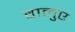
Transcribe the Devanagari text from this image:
वालुए